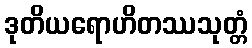
ဒုတိယရောဟိတဿသုတ္တံ